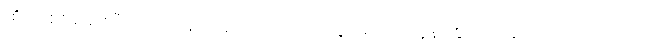
ထိုသို့ စစ်ဆေးပြီးသည့် နောက်၌ ဒင်းဗာက သွေး မတိတ်လူနာ စွဲကပ်နေသော ရောဂါသည်